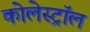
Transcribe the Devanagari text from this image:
कोलेस्‍ट्रॉल